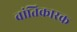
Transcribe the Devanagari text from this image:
वांतिकारक